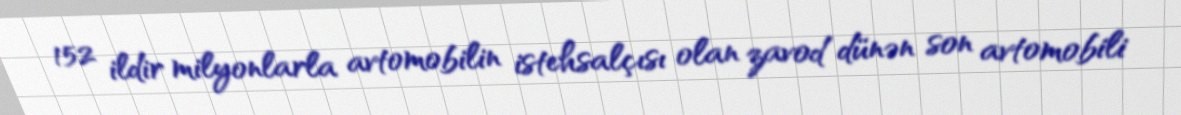
152 ildir milyonlarla avtomobilin istehsalçısı olan zavod dünən son avtomobili